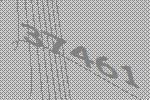
37461